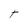
Character: T